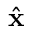
\hat { \mathbf { x } }